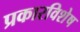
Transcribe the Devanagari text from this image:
प्रकारविशेष